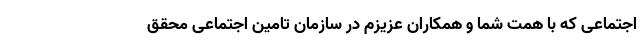
اجتماعی که با همت شما و همکاران عزیزم در سازمان تامین اجتماعی محقق